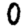
Digit: 0